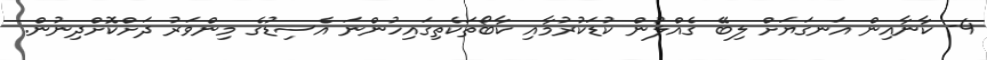
4- ކާނާއިން އަނގަޔަށް ލިބޭ ގެއްލުން ކުޑަކުރުމާއި ކާބޯތަކެތިގައިހުންނަ އެސިޑުގެ މިންވަރު ދަށްކޮށްދިނުން.